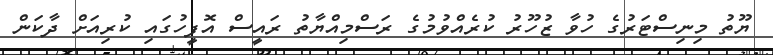
ޔޫތު މިނިސްޓަރުގެ ހުވާ ޒުހޫރު ކުރެއްވުމުގެ ރަސްމިއްޔާތު ރައީސް އޮފީހުގައި ކުރިއަށް ދާކަން